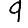
Digit: 9